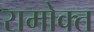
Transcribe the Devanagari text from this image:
रामोक्त